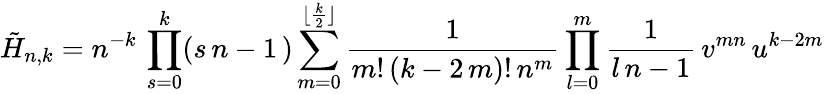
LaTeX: \tilde{H}_{n,k}=n^{-k}\, \prod_{s=0}^{k}(s\, n-1\, )\sum_{m=0}^{\lfloor\frac{k}{2}\rfloor}\frac{1}{m!\, (k-2\, m)!\, n^{m}}\prod_{l=0}^{m}{\frac{1}{l\, n-1}}\, v^{mn}\, u^{k-2m}